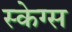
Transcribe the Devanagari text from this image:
स्केग्स